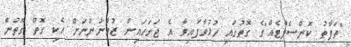
"ތަފާތު ކޮންސެޕްޓެއް"ގެ ގޮތުގައި ހުޅުވާފައިވާ އެ ޖަގަހައިން ޒުވާނުންނަށް އެކި ގޮތް ގޮތުން